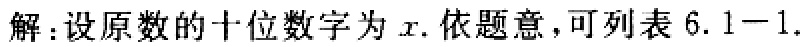
解：设原数的十位数字为\(x\). 依题意，可列表 \(6.1 - 1.\)